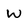
Character: W